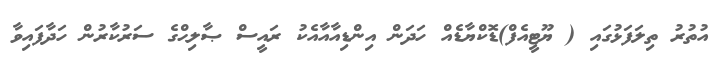
އުތުރު ތިލަފަޅުގައި ( ޔޫޓީއެފް)ޑޮކްޔާޑެއް ހަދަން އިންޑިއާއާއެކު ރައީސް ޞާލިޙްގެ ސަރުކާރުން ހަދާފައިވާ